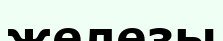
железы